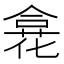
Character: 𠎍